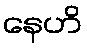
နေဟိ